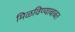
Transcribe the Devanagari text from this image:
मिळविण्याबाबत